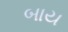
બાય